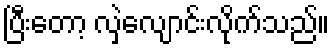
ပြီးတော့ လှဲလျောင်းလိုက်သည်။